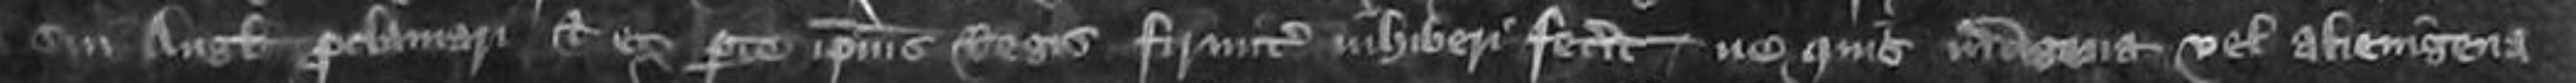
sui Anglie proclamari et ex parte ipsius Regis firmiter inhiberi fecerit ne quis indigena vel alienigena